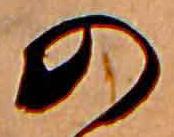
の